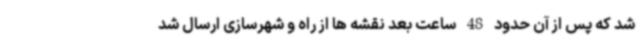
شد که پس از آن حدود 48 ساعت بعد نقشه ها از راه و شهرسازی ارسال شد